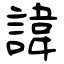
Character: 諱